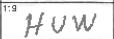
Transcription: HUW